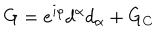
G = e ^ { i \rho } d ^ { \alpha } d _ { \alpha } + G _ { C }